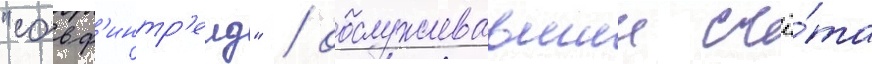
"совф'интр'еид" / обслуживавшии счё́та